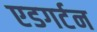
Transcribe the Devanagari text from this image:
एडगर्टन